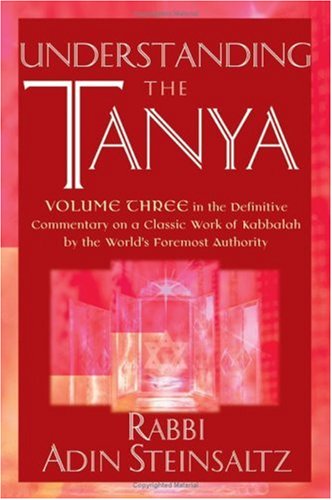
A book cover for Understanding the Tanya: Volume Three in the Definitive Commentary on a Classic Work of Kabbalah by the World's Foremost Authority (v. 3); Rabbi Adin Steinsaltz; Religion & Spirituality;